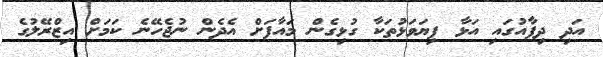
އަދި ދިފާއުގައި އަޅާ ފިޔަވަޅުތަކާ ގުޅިގެން މައާފަށް އެދެން ނުޖެހޭނެ ކަމަށް އިޒްރޭލުގެ